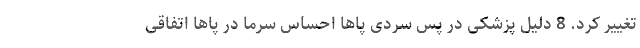
تغییر کرد. 8 دلیل پزشکی در پس سردی پاها احساس سرما در پاها اتفاقی